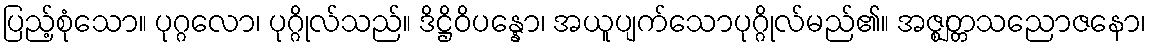
ပြည့်စုံသော။ ပုဂ္ဂလော၊ ပုဂ္ဂိုလ်သည်။ ဒိဋ္ဌိဝိပန္နော၊ အယူပျက်သောပုဂ္ဂိုလ်မည်၏။ အဇ္ဈတ္တသညောဇနော၊